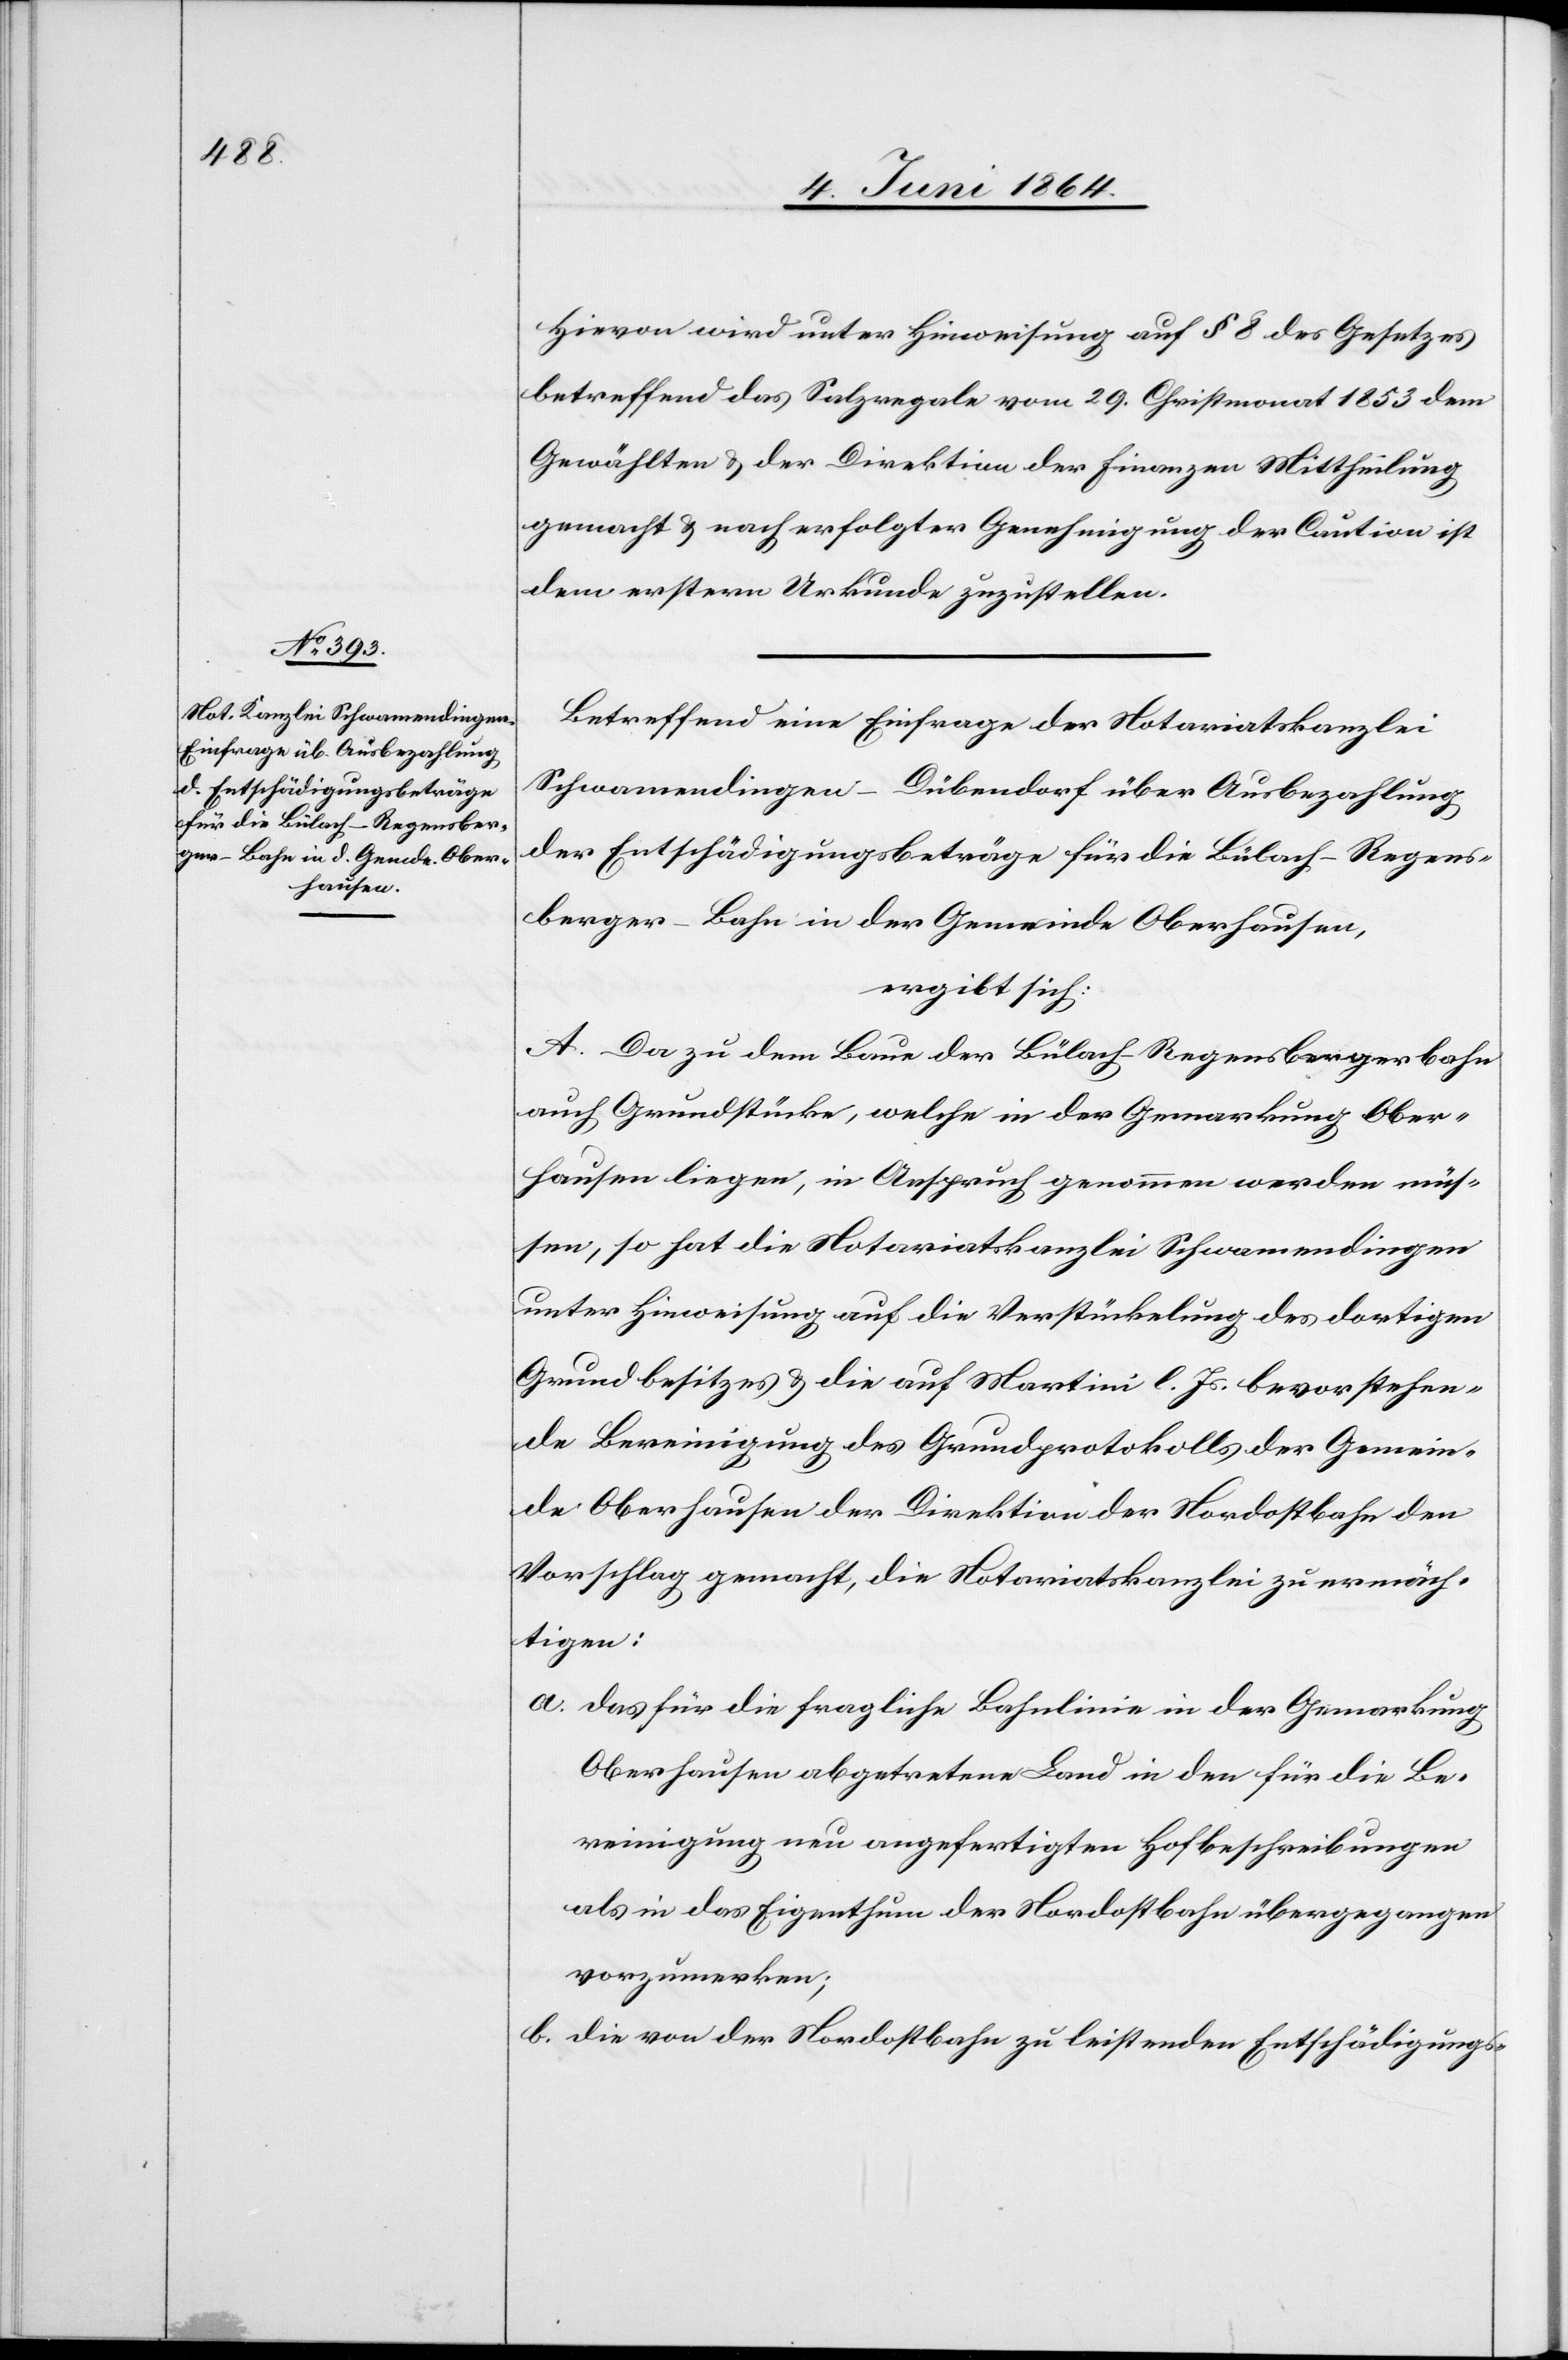
Hievon wird unter Hinweisung auf § 8 des Gesetzes
betreffend das Salzregale vom 29. Christmonat 1853 dem
Gewählten u. der Direktion der Finanzen Mittheilung
gemacht u. nach erfolgter Genehmigung der Caution ist
dem erstern Urkunde zuzustellen.
Betreffend eine Einfrage der Notariatskanzlei
Schwamendingen-Dübendorf über Ausbezahlung
der Entschädigungsbeträge für die Bülach–Regens¬
berger-Bahn in der Gemeinde Oberhausen,
ergibt sich:
A. Da zu dem Baue der Bülach–Regensbergerbahn
auch Grundstücke, welche in der Gemarkung Ober¬
hausen liegen, in Anspruch genommen werden müs¬
sen, so hat die Notariatskanzlei Schwamendingen
unter Hinweisung auf die Verstückelung des dortigen
Grundbesitzes u. die auf Martini l. Js. bevorstehen¬
de Bereinigung des Grundprotokolls der Gemein¬
de Oberhausen der Direktion der Nordostbahn den
Vorschlag gemacht, die Notariatskanzlei zu ermäch¬
tigen:
a. das für die fragliche Bahnlinie in der Gemarkung
Oberhausen abgetretene Land in den für die Be¬
reinigung neu angefertigten Hofbeschreibungen
als in das Eigenthum der Nordostbahn übergegangen
vorzumerken;
b. die von der Nordostbahn zu leistenden Entschädigungs-